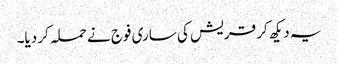
یہ دیکھ کر قریش کی ساری فوج نے حملہ کر دیا۔